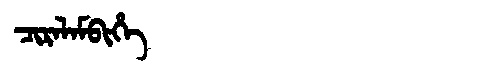
Manchu: ᠴᡳᡵᠠᠯᠠᠮᠪᡳᡥᡝ
Romanization: CIRALAMBIHE